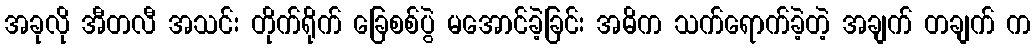
အခုလို အီတလီ အသင်း တိုက်ရိုက် ခြေစစ်ပွဲ မအောင်ခဲ့ခြင်း အဓိက သက်ရောက်ခဲ့တဲ့ အချက် တချက် က